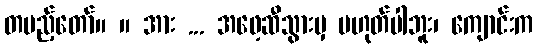
တပည့်တော်။ ။ အား ... အဖေ့ဆီသွားမှ မဟုတ်ပါဘူး၊ ကျောင်းက